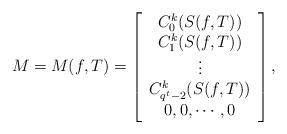
LaTeX: \begin{align*}M=M(f,T)=\left[\begin{array}{c} C_{0}^{k}(S(f,T)) \\ C_{1}^{k}(S(f,T)) \\ \vdots \\ C_{q^{t}-2}^{k}(S(f,T)) \\ 0, 0, \cdots, 0\end{array}\right],\end{align*}